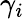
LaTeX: \gamma_{i}